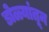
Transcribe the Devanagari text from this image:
डोळ्यांतून